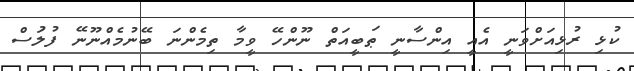
ކުޅި ރުޅިއަށްވަނީ އެއީ އިންސާނީ ޠަބީއަތް ނޫންހޭ ވީމާ ތިމެންނަ ބޭނުމެއްނޫނޭ ފުލުަސް